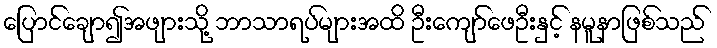
ပြောင်ချော၍အဖျားသို့ ဘာသာရပ်များအထိ ဦးကျော်ဖေဦးနှင့် နမူနာဖြစ်သည်